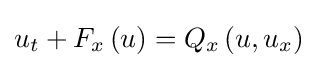
u_{t}+F_{x}\left(u\right)=Q_{x}\left(u,u_{x}\right)